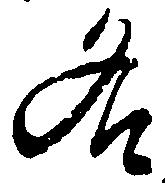
名